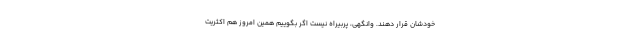
خودشان قرار دهند. وانگهی، پربیراه نیست اگر بگوییم همین امروز هم اکثریت